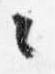
々